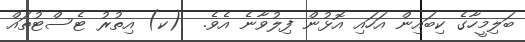
ބަލިމީހާގެ ކިބައިން އަހައި އޮޅުން ފިލުވާނެ އެވެ.  (ކ) އިތުރު ޓެސްޓުތައް